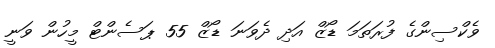
ވެކްސިންގެ ފުރަތަމަ ޑޯޒް އަދި ދެވަނަ ޑޯޒް 55 ޕަސެންޓް މީހުން ވަނީ